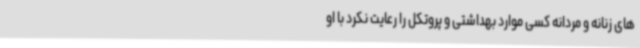
های زنانه و مردانه کسی موارد بهداشتی و پروتکل را رعایت نکرد با او